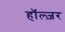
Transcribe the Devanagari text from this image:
हॉल्ज़र